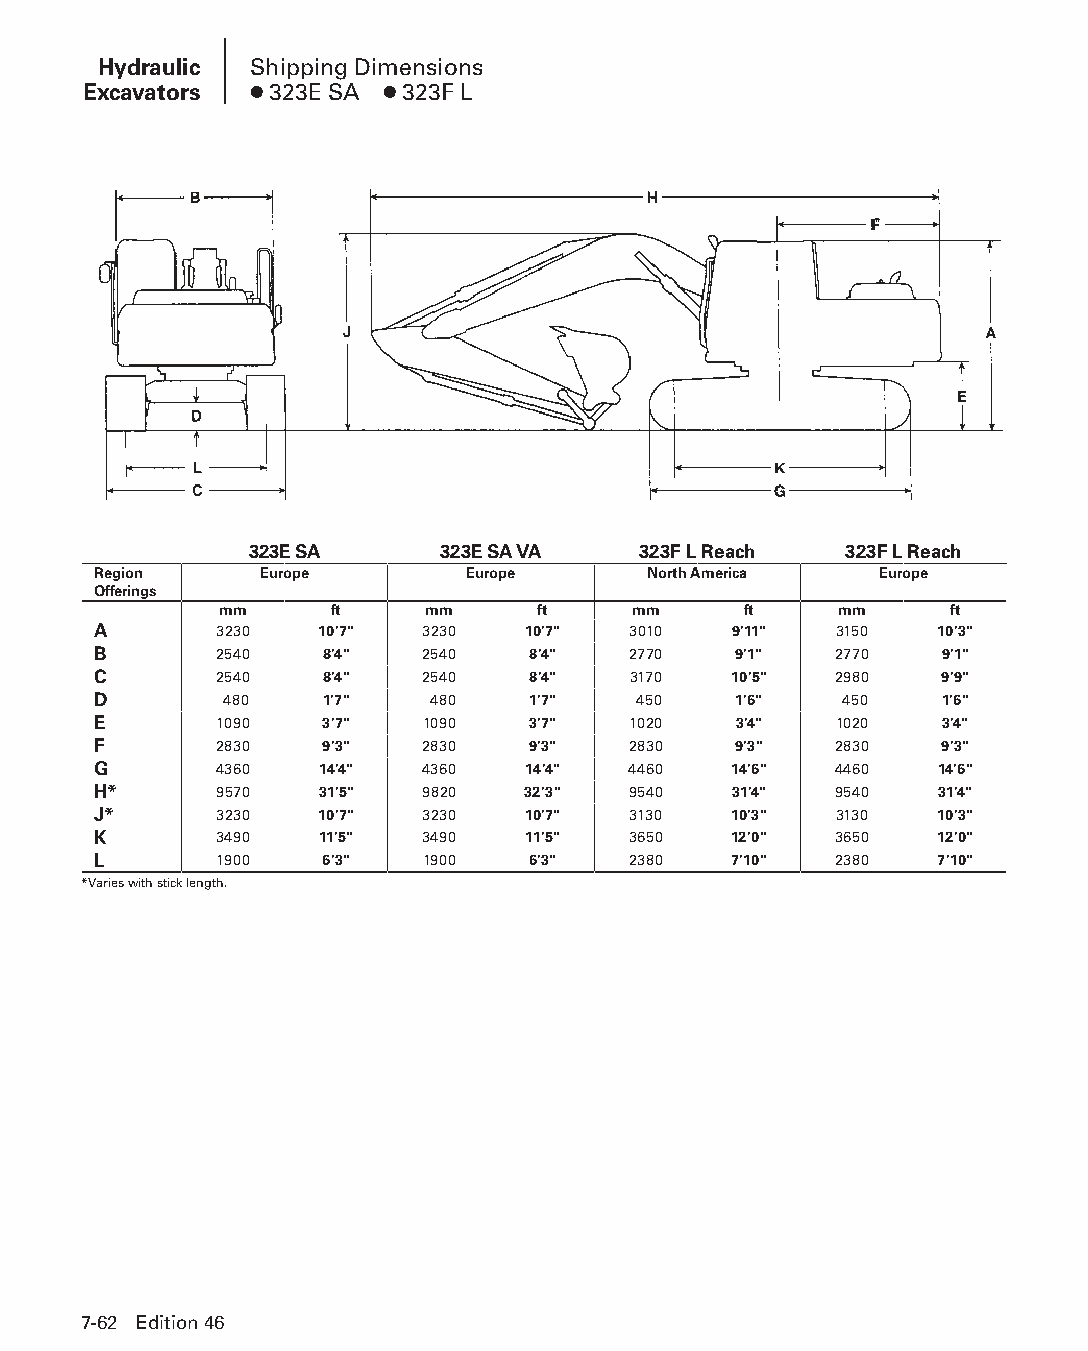
Hydraulic Shipping Dimensions
 Excavators ● 323E SA ● 323F L
 323E SA     323E SA VA    323F L Reach 323F L Reach
 Region     Europe       Europe      North America   Europe
 Offerings
 mm     ft     mm     ft    mm      ft    mm     ft
 A       3230  10'7"  3230   10'7"  3010   9'11"  3150  10'3"
 B       2540   8'4"  2540   8'4"   2770   9'1"   2770   9'1"
 C       2540   8'4"  2540   8'4"   3170   10'5"  2980   9'9"
 D       480    1'7"   480   1'7"    450   1'6"   450    1'6"
 E       1090   3'7"  1090   3'7"   1020   3'4"   1020   3'4"
 F       2830   9'3"  2830   9'3"   2830   9'3"   2830   9'3"
 G       4360  14'4"  4360   14'4"  4460   14'6"  4460  14'6"
 H*      9570  31'5"  9820   32'3"  9540   31'4"  9540  31'4"
 J*      3230  10'7"  3230   10'7"  3130   10'3"  3130  10'3"
 K       3490  11'5"  3490   11'5"  3650   12'0"  3650  12'0"
 L       1900   6'3"  1900   6'3"   2380   7'10"  2380  7'10"
 *Varies with stick length.
 7-62 Edition 46
 PPHHBB--SSeecc0077--HHyyddrraauulliiccEExxccaavvaattoorrss((ppgg000077--8888))..iinndddd 6622 1122//44//1155 1100::3355 AAMM